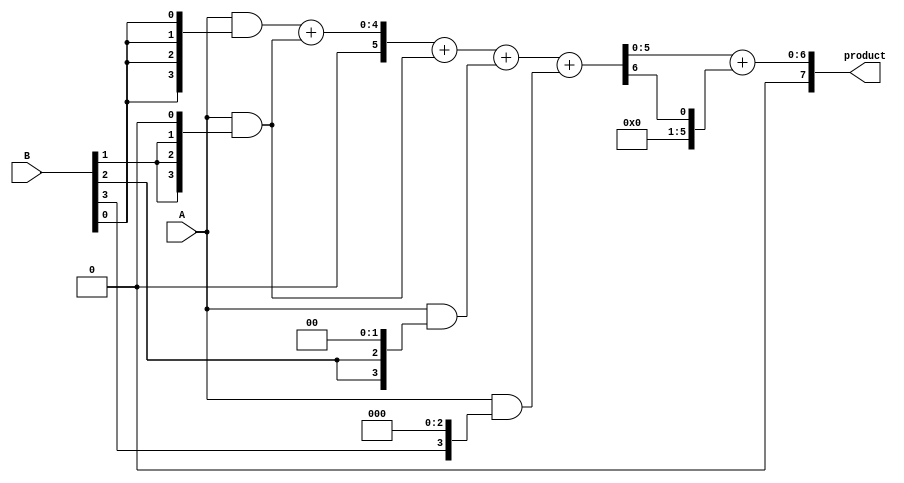
module dadda_multiplier #(parameter N = 4) (
    input [N-1:0] A,
    input [N-1:0] B,
    output reg [2*N-1:0] product
);

    // Generate partial products
    wire [N-1:0] pp [N-1:0]; // Partial products
    genvar i, j;
    generate
        for (i = 0; i < N; i = i + 1) begin : gen_partial_products
            assign pp[i] = A & {N{B[i]}} << i; // AND and shift
        end
    endgenerate

    // Reduction tree
    wire [N+1:0] sum [0:N-1]; // Sums for each stage
    wire [N+1:0] carry [0:N-1]; // Carries for each stage

    // Initial stage: sum the partial products
    generate
        for (i = 0; i < N; i = i + 1) begin : reduction_stage
            if (i == 0) begin
                assign sum[i] = pp[0] + pp[1];
                assign carry[i] = 0;
            end else begin
                assign {carry[i], sum[i]} = sum[i-1] + pp[i];
            end
        end
    endgenerate

    // Final addition stage
    wire [2*N-1:0] final_sum;
    wire [2*N-1:0] final_carry;

    assign {final_carry, final_sum} = {1'b0, sum[N-1]} + {1'b0, carry[N-1]};

    always @(*) begin
        product = final_sum; // Assign the final product
    end

endmodule